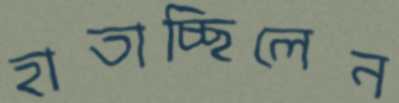
হাতাচ্ছিলেন